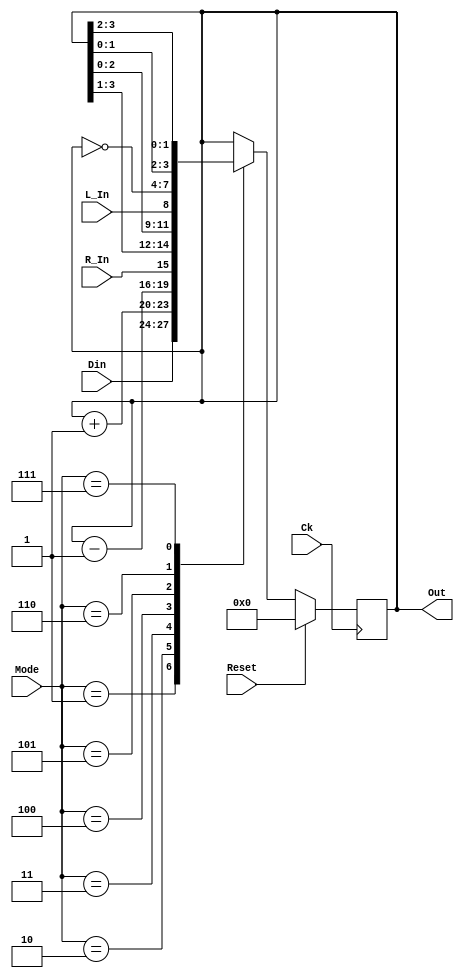
`timescale 1ns/1ns

module Register4 (Reset, Ck, R_In, L_In, Mode, Din, Out);
input Reset, Ck, R_In, L_In ;
input [2:0] Mode;
input [3:0] Din;
output [3:0] Out;
wire [3:0] Out;

parameter LOAD = 3'b001, C_UP = 3'b010, C_DOWN = 3'b011, R_SHIFT = 3'b100, L_SHIFT = 3'b101, COMP1 = 3'b110, R_SWAP_L_2BIT = 3'b111 ;

reg [3:0] Register;

always @ (posedge Ck) begin
	if (Reset)
		Register <= 4'b0;
	else
		case (Mode)
		LOAD: Register <= Din;
		C_UP: Register <= Register +1;
		C_DOWN: Register <= Register -1;
		R_SHIFT : Register <= {R_In ,Register[3:1]};
		L_SHIFT : Register <= {Register[2:0], L_In};
		COMP1 : Register <= ~Register;
		R_SWAP_L_2BIT : Register <= {Register[1:0], Register[3:2]};

		default: Register <= Register;
		endcase
end

assign Out = Register;

endmodule